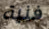
فنية